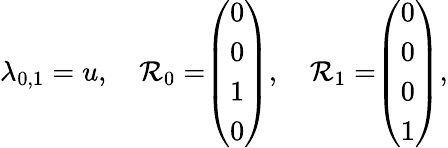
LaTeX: \lambda_{0,1}=u,\quad\mathcal{R}_{0}=\begin{array}{l}{\left(\begin{array}{l}{0}\\ {0}\\ {1}\\ {0}\end{array}\right)}\end{array},\quad\mathcal{R}_{1}=\begin{array}{l}{\left(\begin{array}{l}{0}\\ {0}\\ {0}\\ {1}\end{array}\right)}\end{array},